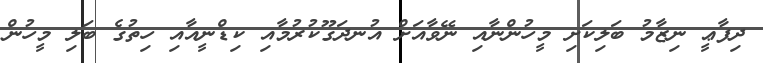
ދިފާޢީ ނިޒާމު ބަލިކަށި މީހުންނާއި ނޭވާއަށް އުނދަގޫކުރުމާއި ކިޑްނީއާއި ހިތުގެ ބަލި މީހުން